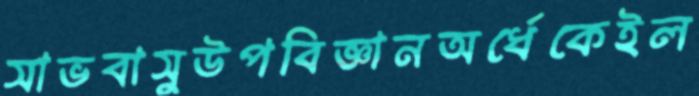
সাভবাসুউপবিজ্ঞানঅর্ধেকেইল